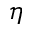
\eta